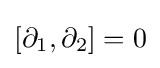
[\partial _{1},\partial _{2}]=0